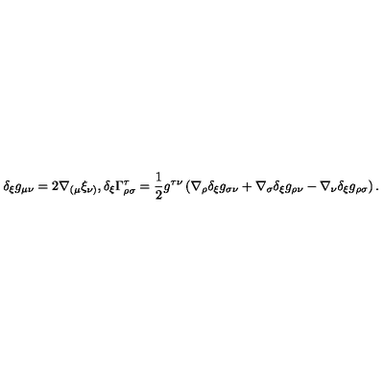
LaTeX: \delta _ { \xi } g _ { \mu \nu } = 2 \nabla _ { ( \mu } \xi _ { \nu ) } , \delta _ { \xi } \Gamma _ { \rho \sigma } ^ { \tau } = \frac { 1 } { 2 } g ^ { \tau \nu } \left( \nabla _ { \rho } \delta _ { \xi } g _ { \sigma \nu } + \nabla _ { \sigma } \delta _ { \xi } g _ { \rho \nu } - \nabla _ { \nu } \delta _ { \xi } g _ { \rho \sigma } \right) .